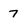
Character: 7